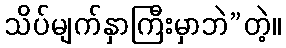
သိပ်မျက်နှာကြီးမှာဘဲ”တဲ့။